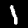
Label: 1